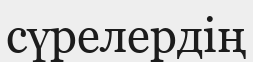
сүрелердің